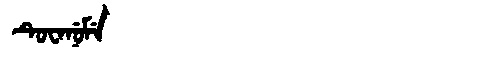
Manchu: ᡨᡠᠸᠠᠨᡠᠮᡝ
Romanization: TUWANUME